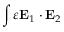
\int \varepsilon \mathbf { E } _ { 1 } \cdot \mathbf { E } _ { 2 }